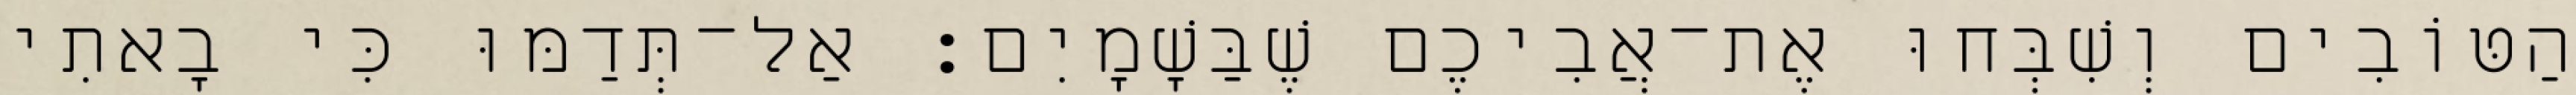
הַטּוֹבִים וְשִׁבְּחוּ אֶת־אֲבִיכֶם שֶׁבַּשָׁמָיִם׃ אַל־תְּדַמּוּ כִּי בָאתִי